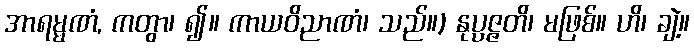
အာရမ္မဏံ, ကတွာ၊ ၍။ ကာယဝိညာဏံ၊ သည်။) နုပ္ပဇ္ဇတိ၊ မဖြစ်။ ဟိ၊ ချဲ့။